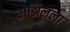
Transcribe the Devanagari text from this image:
ब्राझिलला